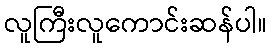
လူကြီးလူကောင်းဆန်ပါ။